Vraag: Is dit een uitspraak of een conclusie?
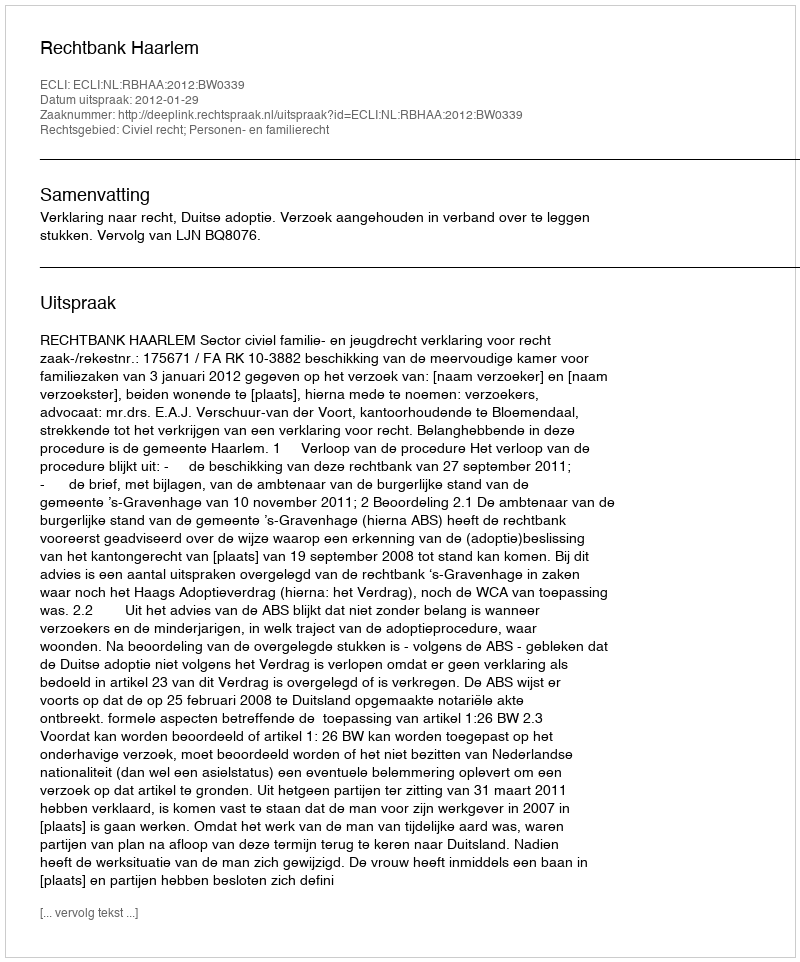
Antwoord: Uitspraak